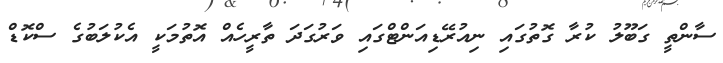
ސާންތީ ގަބޫލު ކުރާ ގޮތުގައި ނިއުރޭޑިއަންޓްގައި ވަރުގަދަ ތާރީހެއް އޮތުމަކީ އެކުލަބުގެ ސްކޮޑް